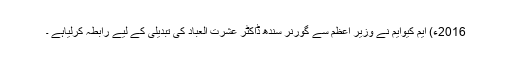
2016ء) ایم کیوایم نے وزیر اعظم سے گورنر سندھ ڈاکٹر عشرت العباد کی تبدیلی کے لیے رابطہ کرلیاہے ۔